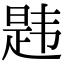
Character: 韪